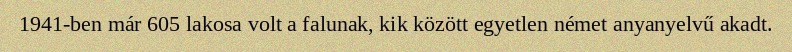
1941-ben már 605 lakosa volt a falunak, kik között egyetlen német anyanyelvű akadt.